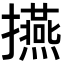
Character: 𭣅